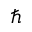
\hbar